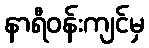
နာရီဝန်းကျင်မှ